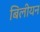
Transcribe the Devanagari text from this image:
बिलीयन